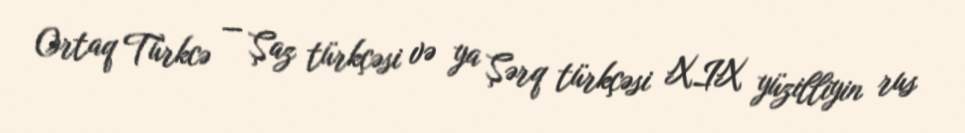
Ortaq Türkcə — Şaz türkçəsi və ya Şərq türkçəsi XIX yüzilliyin rus